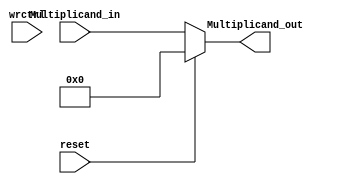
module Multiplicand(
    input [31:0]Multiplicand_in,
    input reset,
    input wrctrl,
    output reg [31:0] Multiplicand_out
);

reg [31:0]Multiplicand_out_reg;
initial begin 
Multiplicand_out_reg = 0;
end
always @(reset or wrctrl)begin

    if(reset)
        Multiplicand_out_reg = 32'd0;
    else if (wrctrl) 
        Multiplicand_out_reg = Multiplicand_in;
    
    Multiplicand_out = Multiplicand_out_reg;
    
end

endmodule